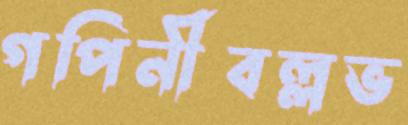
গপিনীবল্লভ